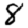
Digit: 8